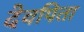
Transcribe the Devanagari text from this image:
देवपिता